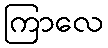
ကြာလေ